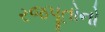
રજપૂતોનો